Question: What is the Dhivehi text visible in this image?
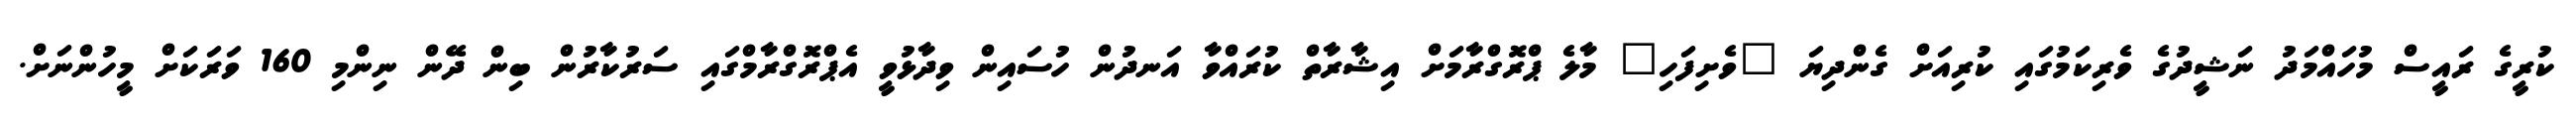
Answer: ކުރީގެ ރައީސް މުހައްމަދު ނަޝީދުގެ ވެރިކަމުގައި ކުރިއަށް ގެންދިޔަ "ވެށިފަހި" މާލެ ޕްރޮގްރާމަށް އިޝާރާތް ކުރައްވާ އަނދުން ހުސައިން ވިދާޅުވީ އެޕްރޮގްރާމްގައި ސަރުކާރުން ބިން ދޭން ނިންމި 160 ވަރަކަށް މީހުންނަށް.